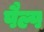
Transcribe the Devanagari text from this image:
पैल्प